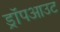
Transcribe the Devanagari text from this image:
ड्रॉपआउट